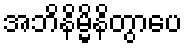
အဘိနိမ္မိနိတွာပေ